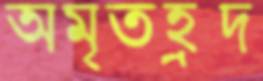
অমৃতহ্রদ